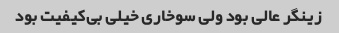
زینگر عالی بود ولی سوخاری خیلی بی‌کیفیت بود